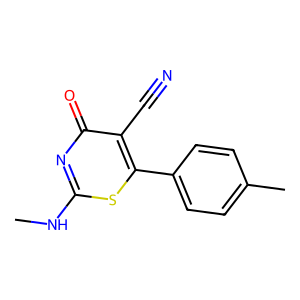
SMILES: CNc1nc(=O)c(C#N)c(-c2ccc(C)cc2)s1
Inhibits HIV replication: No